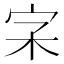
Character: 𡧖